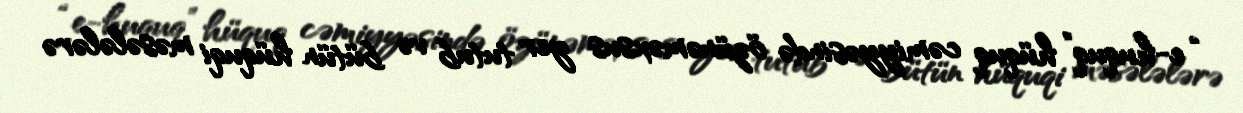
“e-huquq” hüquq cəmiyyəsində özünəməxsus yer tutub və bütün hüquqi məsələlərə